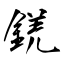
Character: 錓